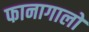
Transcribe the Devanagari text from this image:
फानागालो